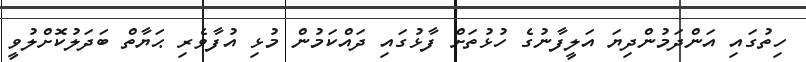
ހިތުގައި އަންދަމުންދިޔަ އަލީފާނުގެ ހުޅުތަށް ފާޅުގައި ދައްކަމުން މުޅި އުފާވެރި ޙަޔާތް ބަދަލުކޮށްލުވީ